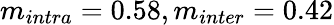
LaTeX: m_{intra}=0.58,m_{inter}=0.42